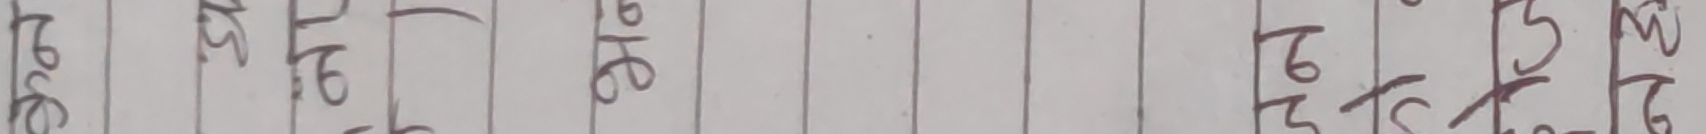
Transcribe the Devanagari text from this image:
३०६ २५ १६ २५ ३६ २६ १३ १६ १३